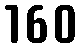
160